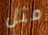
مثل